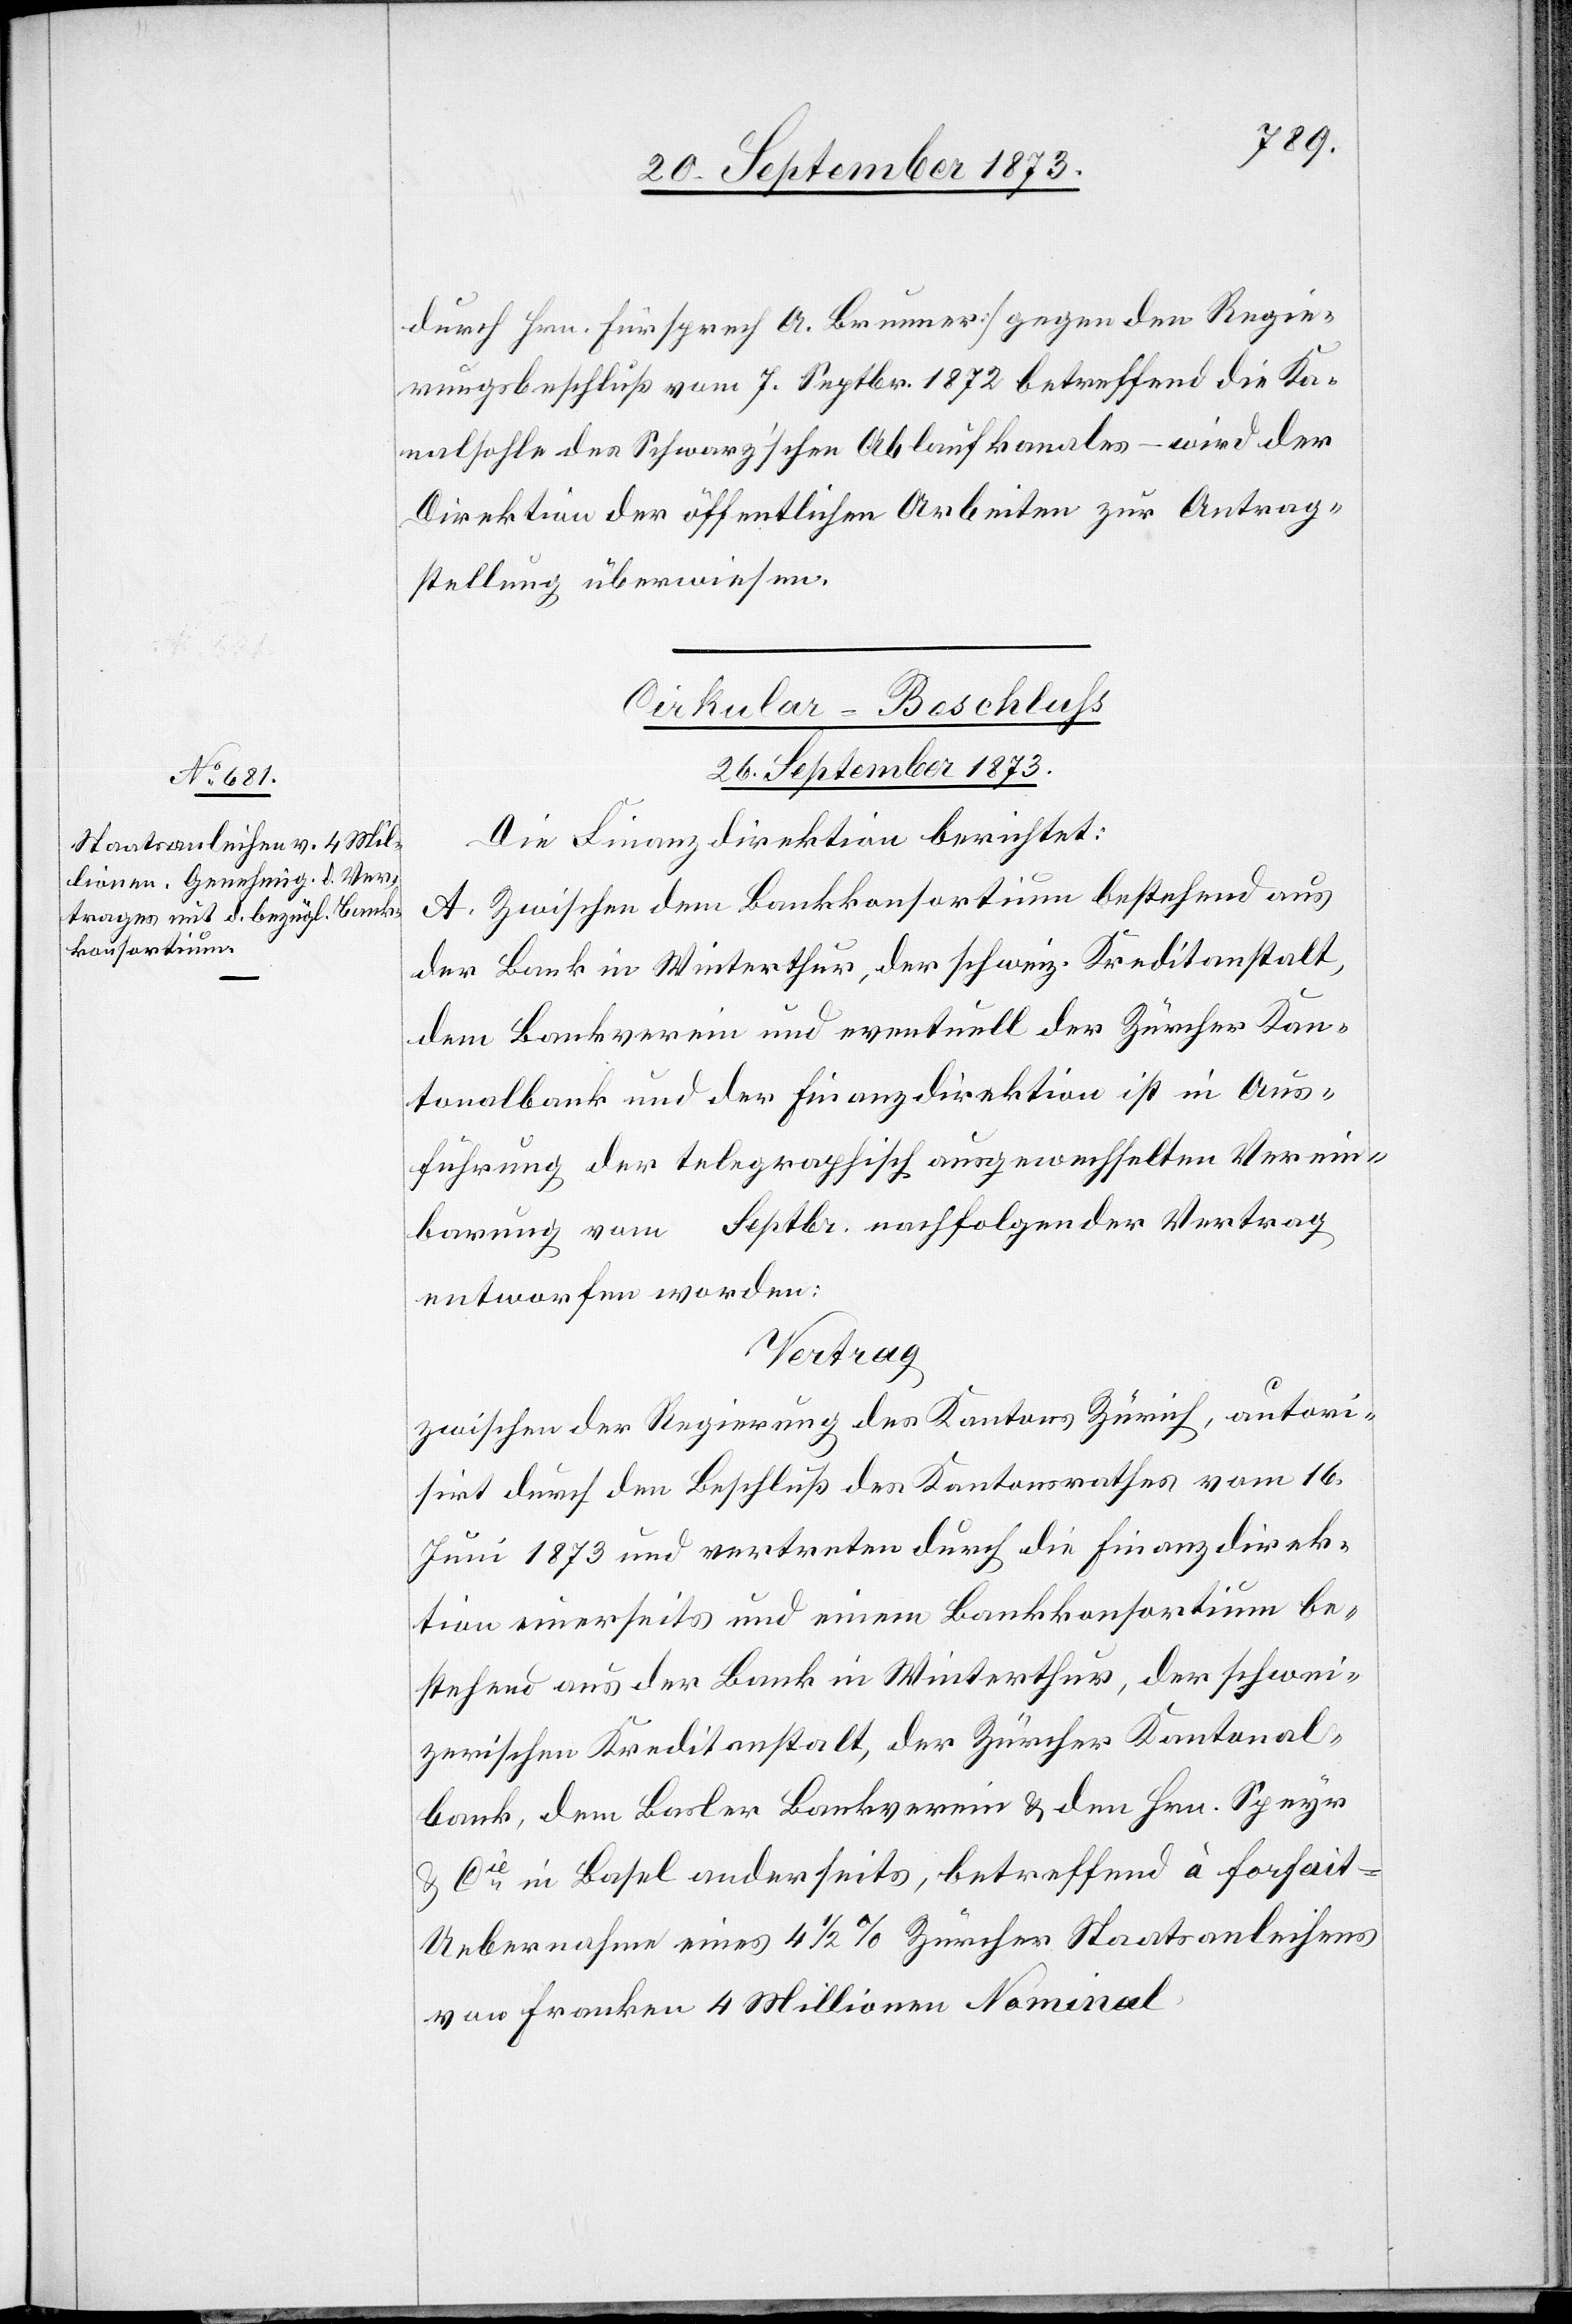
durch Hrn. Fürsprech A. Brunner] gegen den Regie¬
rungsbeschluß vom 7. Septbr. 1872 betreffend die Ka¬
nalsohle des Schwarz’schen Ablaufkanales – wird der
Direktion der öffentlichen Arbeiten zur Antrag¬
stellung überwiesen.
Cirkular-Beschluss
26. September 1873.
Die Finanzdirektion berichtet:
A. Zwischen dem Bankkonsortium bestehend aus
der Bank in Winterthur, der schweiz. Kreditanstalt,
dem Bankverein und eventuell der Zürcher Kan¬
tonalbank und der Finanzdirektion ist in Aus¬
führung der telegraphisch ausgewechselten Verein¬
barung vom … Septbr. nachfolgender Vertrag
entworfen worden:
Vertrag
zwischen der Regierung des Kantons Zürich, autori¬
sirt durch den Beschluß des Kantonsrathes vom 16.
Juni 1873 und vertreten durch die Finanzdirek¬
tion einerseits und einem Bankkonsortium be¬
stehend aus der Bank in Winterthur, der schwei¬
zerischen Kreditanstalt, der Zürcher Kantonal¬
bank, dem Basler Bankverein & den Hrn. Speyr
& Cie in Basel anderseits, betreffend à forfait-U¬
ebernahme eines 4 1/2% Zürcher Staatsanleihens
von Franken 4 Millionen Nominal